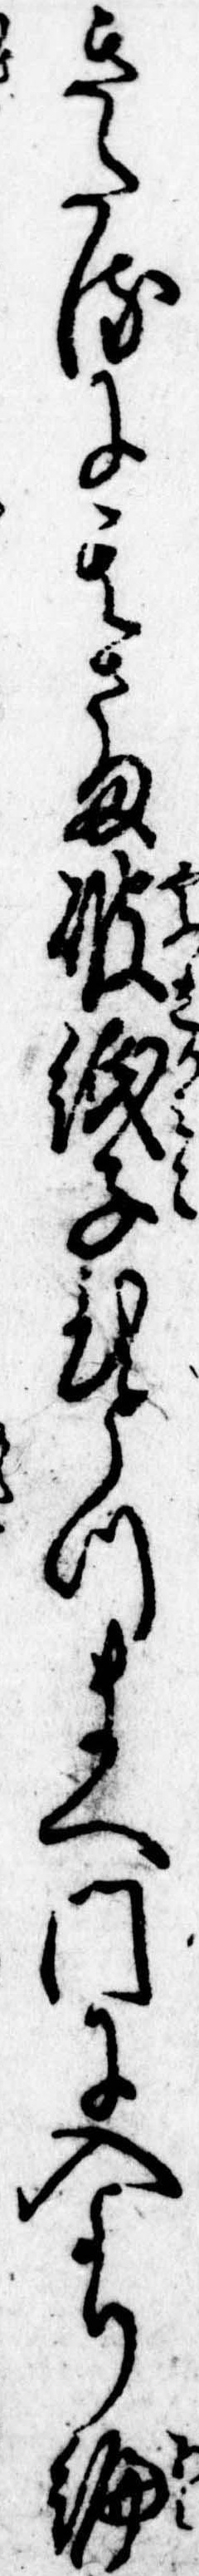
きたるに其さま破紙子ひとつまへ門に入より編